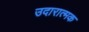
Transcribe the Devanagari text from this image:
उदारात्मक